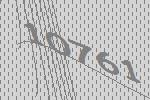
10761